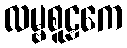
လမ္ဗစူဠကေ